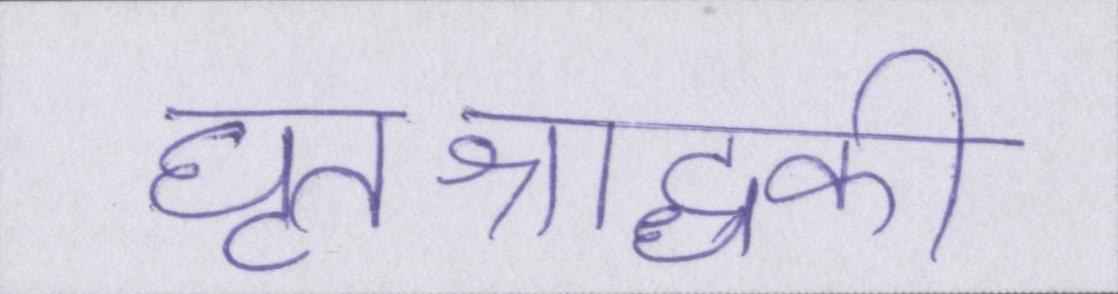
घृतश्राद्धकी